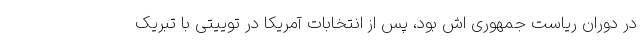
در دوران ریاست جمهوری اش بود، پس از انتخابات آمریکا در توییتی با تبریک